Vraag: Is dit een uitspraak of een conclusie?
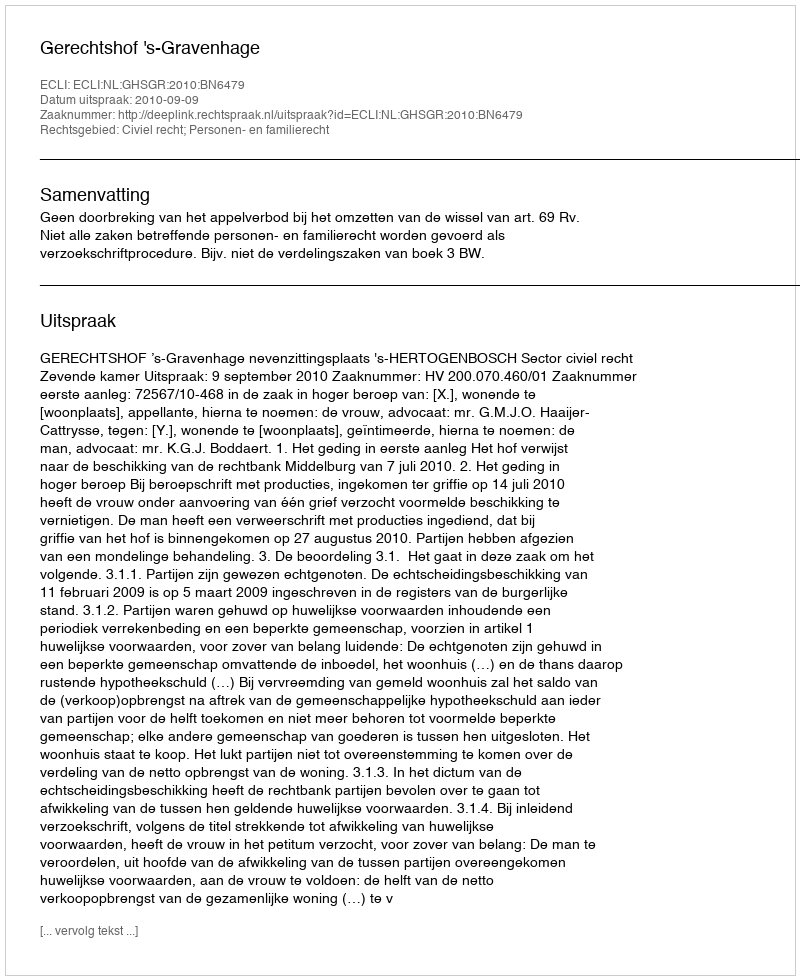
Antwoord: Uitspraak